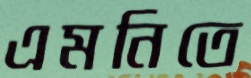
এমনিতে